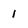
Character: 1